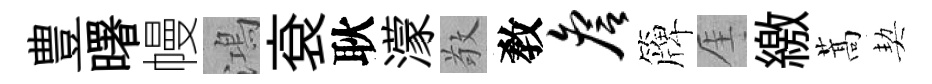
豊曙幔鴻袞耿濛敬敎詹簰厓繳蒿契